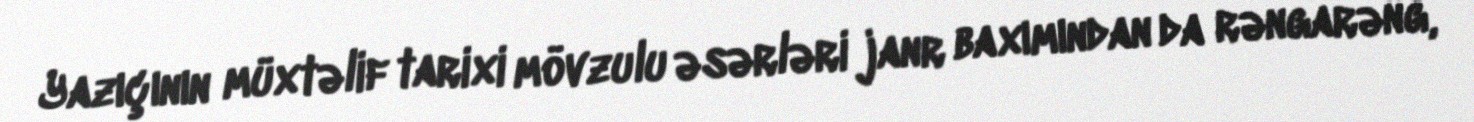
Yazıçının müxtəlif tarixi mövzulu əsərləri janr baxımından da rəngarəng,